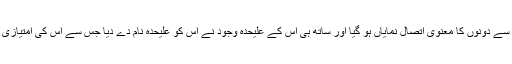
اس علامت فصل کے نہ ہونے سے دونوں کا معنوی اتصال نمایاں ہو گیا اور ساتھ ہی اس کے علیحدہ وجود نے اس کو علیحدہ نام دے دیا جس سے اس کی امتیازی خصوصیت بھی سامنے آ گئی۔